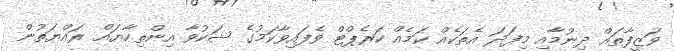
ވަޒީފާތައް ދިނުމާއި މިފަދަ އެތަކެއް ކަމެއް ކަރެޕްޓް ވެފައިވާކަމުގެ ޝަކުވާ އިންތިހާޔައް ރައްޔަތުން